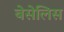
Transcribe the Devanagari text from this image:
बेसेलिस